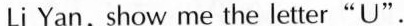
Li Yan，show me the letter”U”.